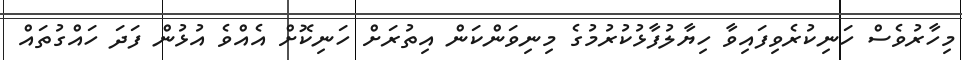
މިހާރުވެސް ހަނިކުރެވިފައިވާ ހިޔާލުފާޅުކުރުމުގެ މިނިވަންކަން އިތުރަށް ހަނިކޮށް އެއްވެ އުޅުން ފަދަ ހައްގުތައް